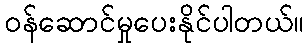
ဝန်ဆောင်မှုပေးနိုင်ပါတယ်။